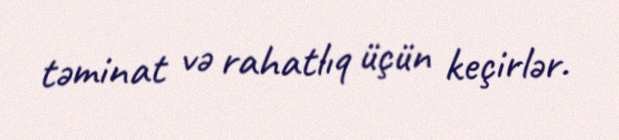
təminat və rahatlıq üçün keçirlər.